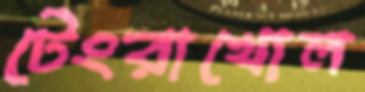
টেংরাখোল